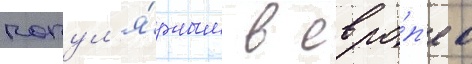
попул'я́рным в евро́п'е в